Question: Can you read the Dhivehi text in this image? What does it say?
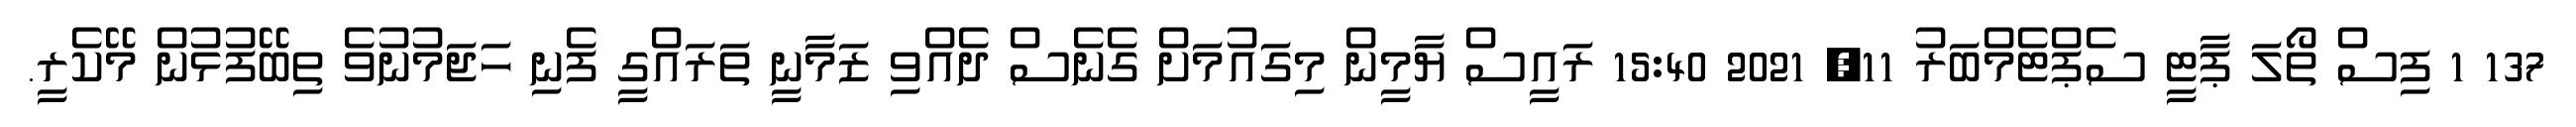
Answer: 137 1 ފިސް ތޯލަ ޕާޓީ ސެޕްޓެމްބަރު 11, 2021 15:40 ރައީސް ޔާމީން މިގައުމަށް ގެނެސް ދެއްވި ޒަމާނީ ތަރައްގީ ފެނި ހަޖަމުނުވެ ތިބޭފުޅުން މޭކެރީ.